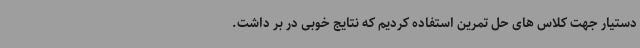
دستیار جهت کلاس های حل تمرین استفاده کردیم که نتایج خوبی در بر داشت.